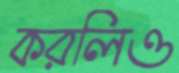
করলিও